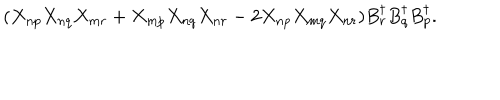
( X _ { n p } X _ { n q } X _ { m r } + X _ { m p } X _ { n q } X _ { n r } - 2 X _ { n p } X _ { m q } X _ { n r } ) B _ { r } ^ { \dagger } B _ { q } ^ { \dagger } B _ { p } ^ { \dagger } .